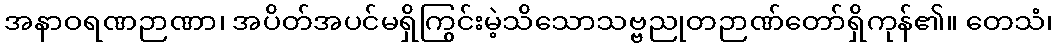
အနာဝရဏဉာဏာ၊ အပိတ်အပင်မရှိကြွင်းမဲ့သိသောသဗ္ဗညုတဉာဏ်တော်ရှိကုန်၏။ တေသံ၊